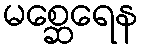
မစ္ဆေရေန